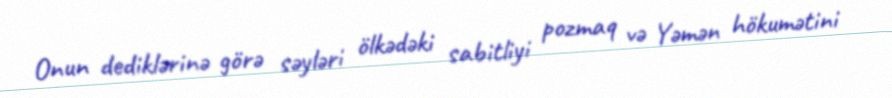
Onun dediklərinə görə səyləri ölkədəki sabitliyi pozmaq və Yəmən hökumətini